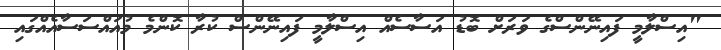
"އިސްލާމީ ފައިނޭންސްގެ ވަރަށް ބޮޑު އަސާސެއް އިސްލާމީ ފައިނޭންސް ކުރާ ކޮންމެ މުއައްސަސާއެއްގައި